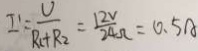
I ^ { 1 } = \frac { U } { R _ { 1 } + R _ { 2 } } = \frac { 1 2 V } { 2 4 \Omega } = 0 . 5 A